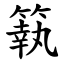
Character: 䉅